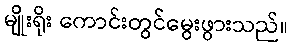
မျိုးရိုး ကောင်းတွင်မွေးဖွားသည်။